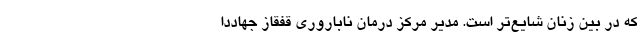
که در بین زنان شایع‌تر است. مدیر مرکز درمان ناباروری قفقاز جهاددا